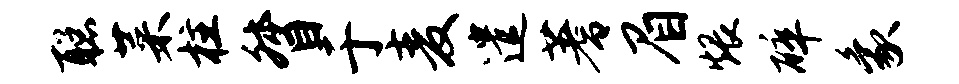
聪菜柱督于麦遣蓍眉煨碎象